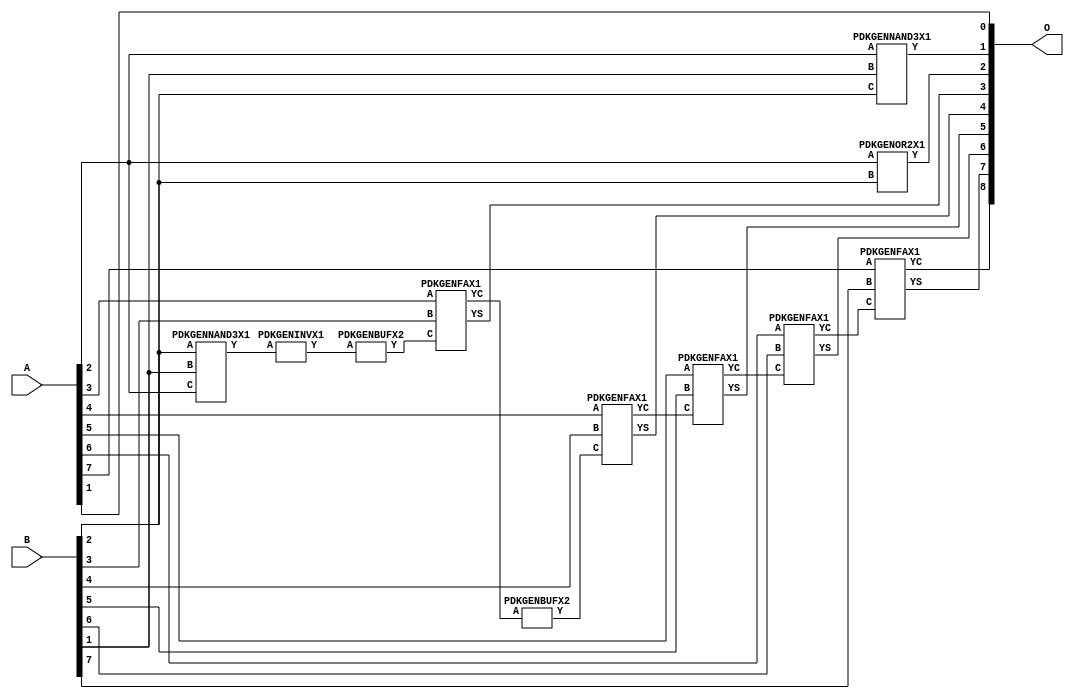
// Library = EvoApprox8b
// Circuit = add8_128
// Area   (180) = 768
// Delay  (180) = 1.390
// Power  (180) = 240.50
// Area   (45) = 58
// Delay  (45) = 0.530
// Power  (45) = 23.11
// Nodes = 11
// HD = 134528
// MAE = 1.37500
// MSE = 3.25000
// MRE = 0.75 %
// WCE = 5
// WCRE = 200 %
// EP = 76.6 %

module add8_128(A, B, O);
  input [7:0] A;
  input [7:0] B;
  output [8:0] O;
  wire [2031:0] N;

  assign N[0] = A[0];
  assign N[1] = A[0];
  assign N[2] = A[1];
  assign N[3] = A[1];
  assign N[4] = A[2];
  assign N[5] = A[2];
  assign N[6] = A[3];
  assign N[7] = A[3];
  assign N[8] = A[4];
  assign N[9] = A[4];
  assign N[10] = A[5];
  assign N[11] = A[5];
  assign N[12] = A[6];
  assign N[13] = A[6];
  assign N[14] = A[7];
  assign N[15] = A[7];
  assign N[16] = B[0];
  assign N[17] = B[0];
  assign N[18] = B[1];
  assign N[19] = B[1];
  assign N[20] = B[2];
  assign N[21] = B[2];
  assign N[22] = B[3];
  assign N[23] = B[3];
  assign N[24] = B[4];
  assign N[25] = B[4];
  assign N[26] = B[5];
  assign N[27] = B[5];
  assign N[28] = B[6];
  assign N[29] = B[6];
  assign N[30] = B[7];
  assign N[31] = B[7];

  PDKGENNAND3X1 n34(.A(N[4]), .B(N[18]), .C(N[20]), .Y(N[34]));
  assign N[35] = N[34];
  PDKGENNAND3X1 n40(.A(N[20]), .B(N[18]), .C(N[4]), .Y(N[40]));
  assign N[41] = N[40];
  PDKGENINVX1 n46(.A(N[41]), .Y(N[46]));
  PDKGENBUFX2 n116(.A(N[46]), .Y(N[116]));
  assign N[117] = N[116];
  PDKGENOR2X1 n132(.A(N[4]), .B(N[20]), .Y(N[132]));
  PDKGENFAX1 n182(.A(N[6]), .B(N[22]), .C(N[117]), .YS(N[182]), .YC(N[183]));
  PDKGENBUFX2 n220(.A(N[183]), .Y(N[220]));
  assign N[221] = N[220];
  PDKGENFAX1 n232(.A(N[8]), .B(N[24]), .C(N[221]), .YS(N[232]), .YC(N[233]));
  PDKGENFAX1 n282(.A(N[10]), .B(N[26]), .C(N[233]), .YS(N[282]), .YC(N[283]));
  PDKGENFAX1 n332(.A(N[12]), .B(N[28]), .C(N[283]), .YS(N[332]), .YC(N[333]));
  PDKGENFAX1 n382(.A(N[14]), .B(N[30]), .C(N[333]), .YS(N[382]), .YC(N[383]));

  assign O[0] = N[2];
  assign O[1] = N[35];
  assign O[2] = N[132];
  assign O[3] = N[182];
  assign O[4] = N[232];
  assign O[5] = N[282];
  assign O[6] = N[332];
  assign O[7] = N[382];
  assign O[8] = N[383];

endmodule
/* mod */
module PDKGENFAX1( input A, input B, input C, output YS, output YC );
    assign YS = (A ^ B) ^ C;
    assign YC = (A & B) | (B & C) | (A & C);
endmodule
/* mod */
module PDKGENOR2X1(input A, input B, output Y );
     assign Y = A | B;
endmodule
/* mod */
module PDKGENINVX1(input A, output Y );
     assign Y = ~A;
endmodule
/* mod */
module PDKGENNAND3X1(input A, input B, input C, output Y );
     assign Y = ~((A & B) & C);
endmodule
/* mod */
module PDKGENBUFX2(input A, output Y );
     assign Y = A;
endmodule